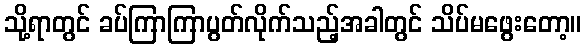
သို့ရာတွင် ခပ်ကြာကြာပွတ်လိုက်သည့်အခါတွင် သိပ်မဖွေးတော့။